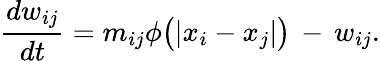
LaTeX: \frac{dw_{ij}}{dt}=m_{ij}\phi\big(|x_{i}-x_{j}|\big)\, -\, w_{ij}.